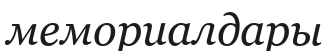
мемориалдары